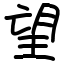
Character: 望